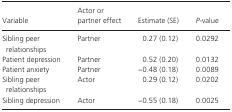
<table><thead><tr><td><b>Variable</b></td><td><b>Actor or partner effect</b></td><td><b>Estimate (SE)</b></td><td><b><i>P</i>‐value</b></td></tr></thead><tbody><tr><td>Sibling peer relationships</td><td>Partner</td><td>0.27 (0.12)</td><td>0.0292</td></tr><tr><td>Patient depression</td><td>Partner</td><td>0.52 (0.20)</td><td>0.0132</td></tr><tr><td>Patient anxiety</td><td>Partner</td><td>−0.48 (0.18)</td><td>0.0089</td></tr><tr><td>Sibling peer relationships</td><td>Actor</td><td>0.29 (0.12)</td><td>0.0202</td></tr><tr><td>Sibling depression</td><td>Actor</td><td>−0.55 (0.18)</td><td>0.0025</td></tr></tbody></table>